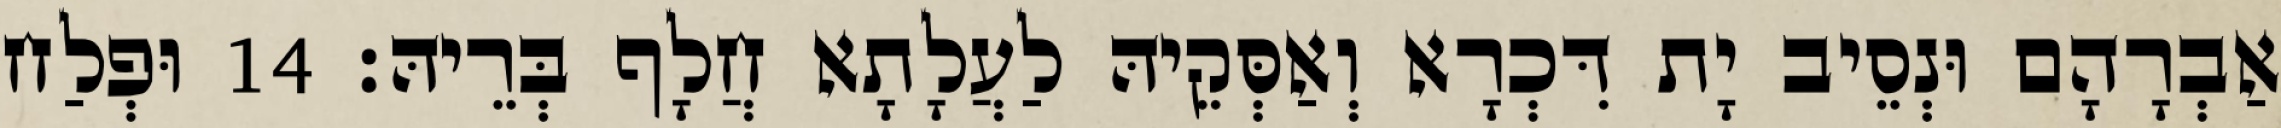
אַבְרָהָם וּנְסֵיב יָת דִּכְרָא וְאַסְּקֵיהּ לַעֲלָתָא חֲלָף בְּרֵיהּ׃ 14 וּפְלַח